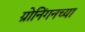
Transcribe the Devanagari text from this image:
ग्रोनिंगनच्या